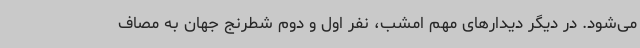
می‌شود. در دیگر دیدارهای مهم امشب، نفر اول و دوم شطرنج جهان به مصاف